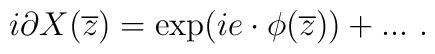
i \partial X ({\overline z}) = \exp (i e \cdot \phi ({\overline z})) + ...~.